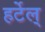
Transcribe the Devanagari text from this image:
हर्टेल्